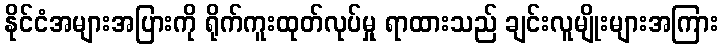
နိုင်ငံအများအပြားကို ရိုက်ကူးထုတ်လုပ်မှု ရာထားသည် ချင်းလူမျိုးများအကြား